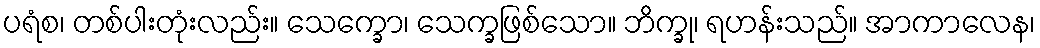
ပရံစ၊ တစ်ပါးတုံးလည်း။ သေက္ခော၊ သေက္ခဖြစ်သော။ ဘိက္ခု၊ ရဟန်းသည်။ အာကာလေန၊